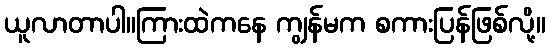
ယူလာတာပါ။ကြားထဲကနေ ကျွန်မက စကားပြန်ဖြစ်လို့။